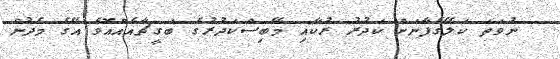
ނުވަތަ ކަލޭގެފާނަށް ކަދުރު ރުކާއި މޭބިސްކަދުރުގެ ބަގީޗާއެއްއޮވެ އޭގެ މެދުން